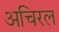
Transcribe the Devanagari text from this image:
अचिरल